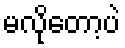
မလိုတော့ပဲ